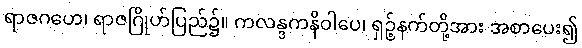
ရာဇဂဟေ၊ ရာဇဂြိုဟ်ပြည်၌။ ကလန္ဒကနိဝါပေ၊ ရှဉ့်နက်တို့အား အစာပေး၍